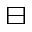
\boxminus